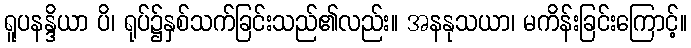
ရူပနန္ဒိယာ ပိ၊ ရုပ်၌နှစ်သက်ခြင်းသည်၏လည်း။ အနနုသယာ၊ မကိန်းခြင်းကြောင့်။